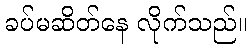
ခပ်မဆိတ်နေ လိုက်သည်။